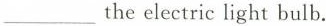
___the electric light bulb.